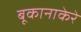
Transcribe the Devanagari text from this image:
बूकानाकेरे